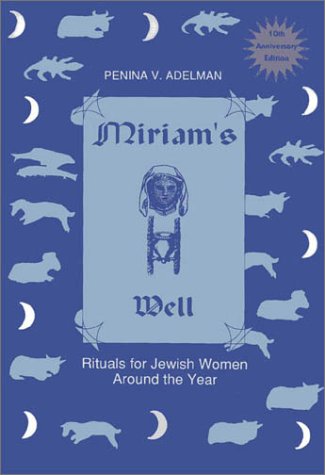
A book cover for Miriam's Well: Rituals for Jewish Women Around the Year; Penina V. Adelman; Religion & Spirituality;